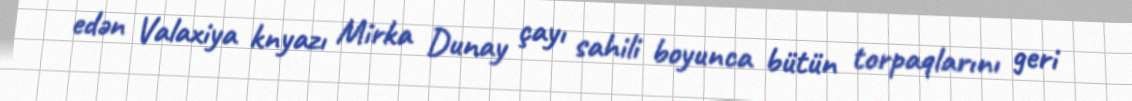
edən Valaxiya knyazı Mirka Dunay çayı sahili boyunca bütün torpaqlarını geri